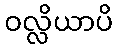
ဝလ္လိယာပိ